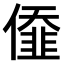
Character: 𠎷